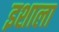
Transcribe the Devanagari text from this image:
इशाला